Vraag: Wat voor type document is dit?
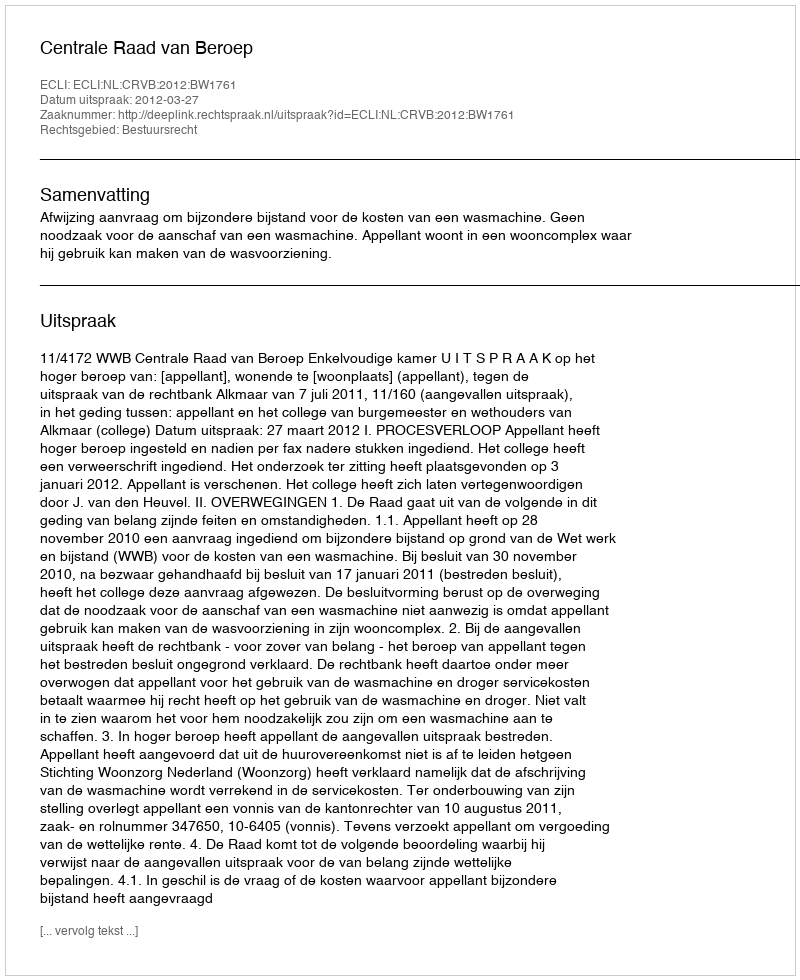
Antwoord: Uitspraak